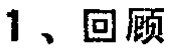
1、回顾